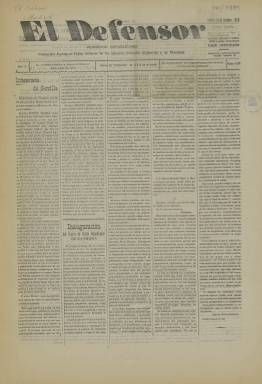
Título: El Defensor (Sevilla)
Colección: Periódicos
Ámbito geográfico: Sevilla
Lugar de publicación: Sevilla
Fechas: 31/10/1910-31/10/1910